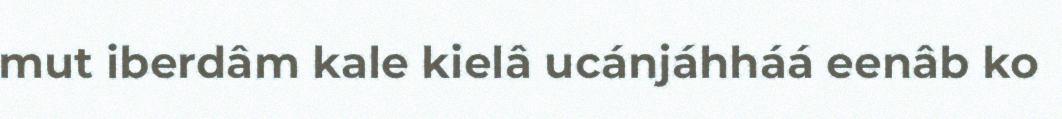
mut iberdâm kale kielâ ucánjáhháá eenâb ko